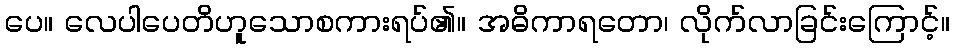
ပေ။ လေပါပေတိဟူသောစကားရပ်၏။ အဓိကာရတော၊ လိုက်လာခြင်းကြောင့်။